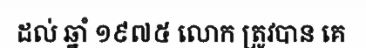
ដល់ ឆ្នាំ ១៩៧៥ លោក ត្រូវបាន គេ